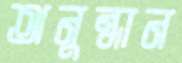
অনুন্ধান